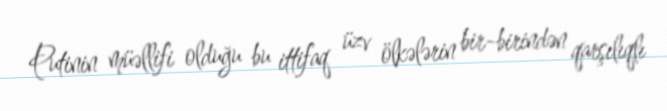
Putinin müəllifi olduğu bu ittifaq üzv ölkələrin bir-birindən qarşılıqlı